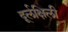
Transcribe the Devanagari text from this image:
दूर्लक्षिली